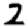
Digit: 2